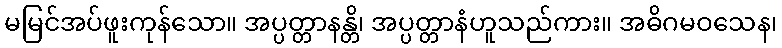
မမြင်အပ်ဖူးကုန်သော။ အပ္ပတ္တာနန္တိ၊ အပ္ပတ္တာနံဟူသည်ကား။ အဓိဂမဝသေန၊